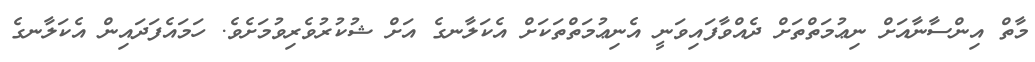
މާތް އިންސާނާއަށް ނިޢުމަތްތަށް ދެއްވާފައިވަނީ އެނިޢުމަތްތަކަށް އެކަލާނގެ އަށް ޝުކުރުވެރިވުމަށެވެ. ހަމައެފަދައިން އެކަލާނގެ